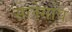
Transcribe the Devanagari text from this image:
सेलेगांव